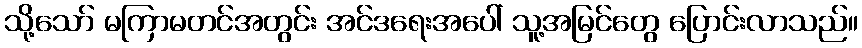
သို့သော် မကြာမတင်အတွင်း အင်ဒရေးအပေါ် သူ့အမြင်တွေ ပြောင်းလာသည်။